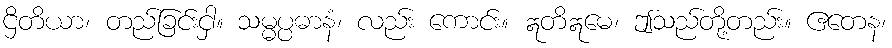
ဌိတိယာ၊ တည်ခြင်းငှါ။ သမ္မပ္ပဓာနံ၊ လည်း ကောင်း။ ဣတိဣမေ၊ ဤသည်တို့တည်း။ ဧတေန၊